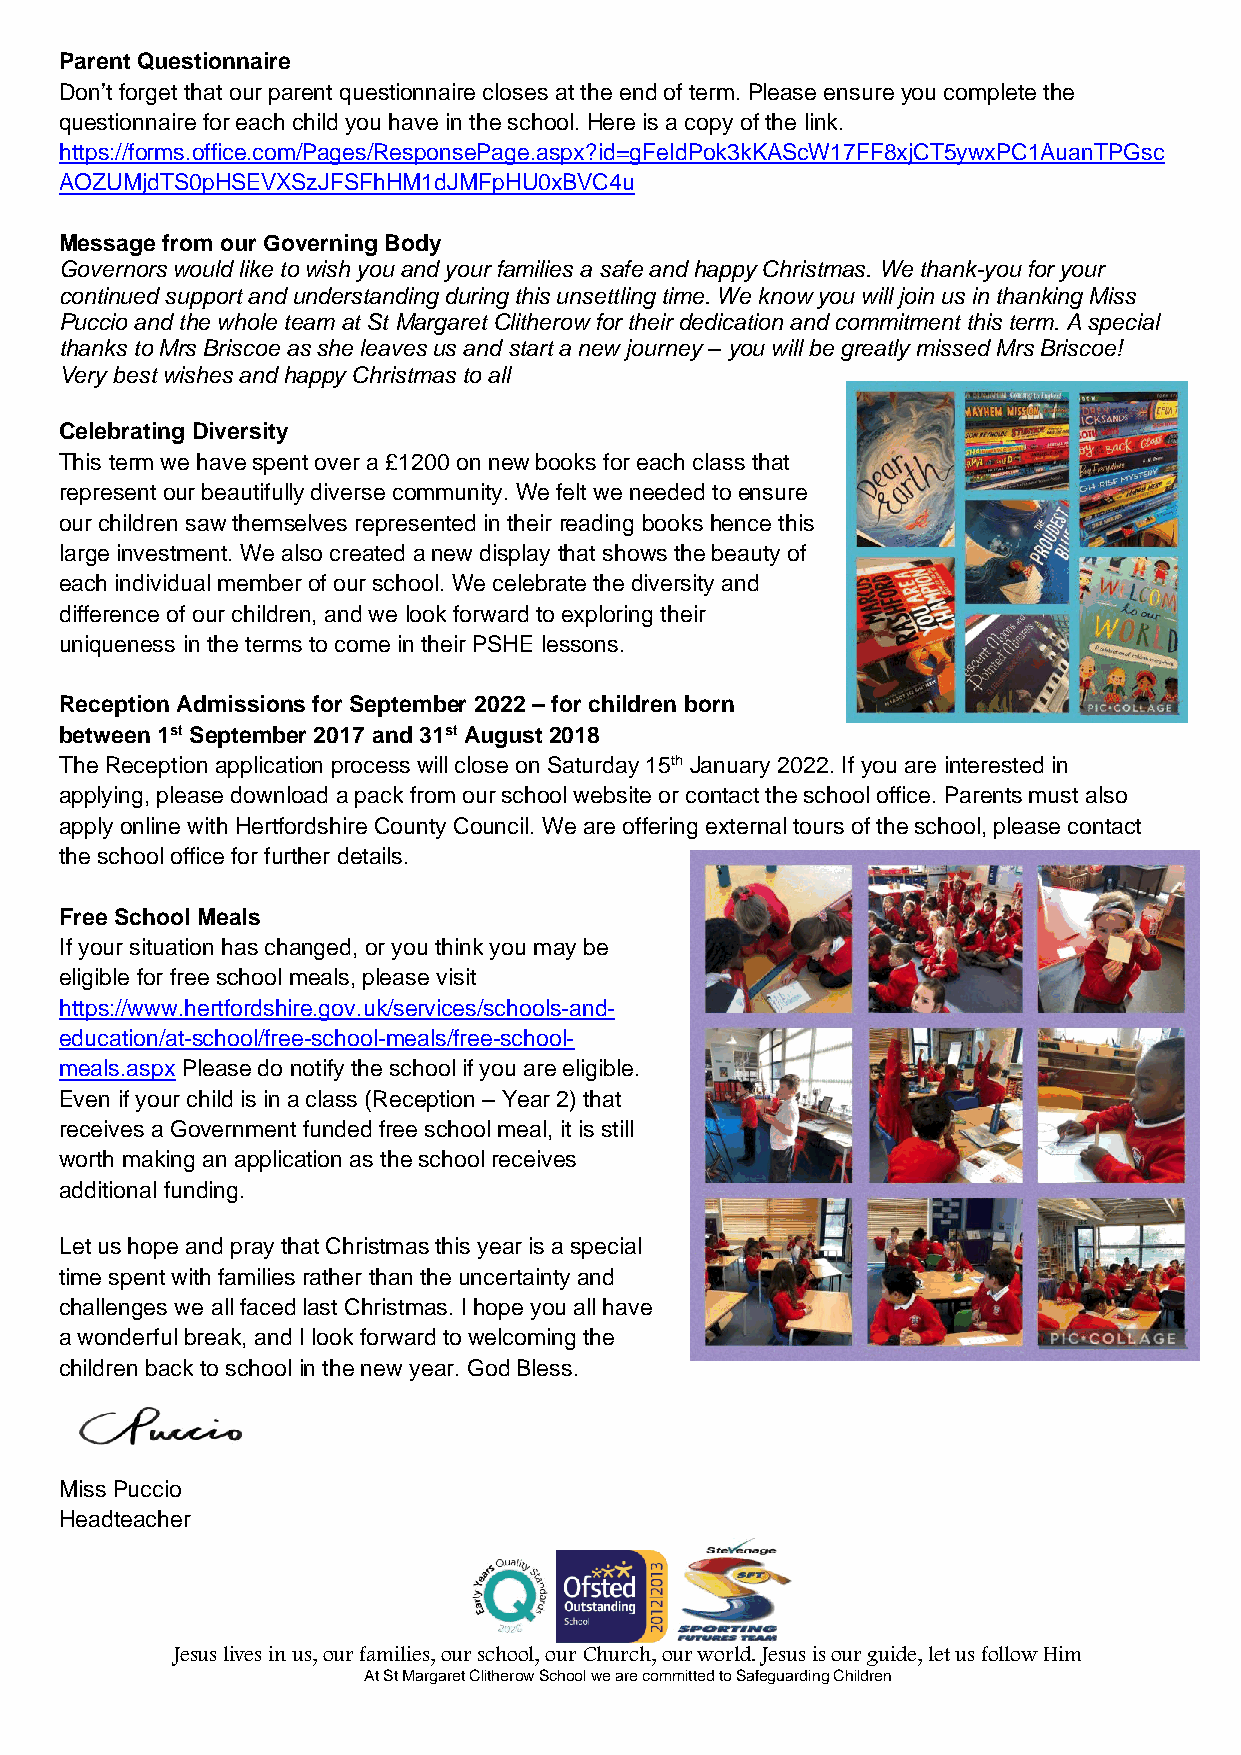
Parent Questionnaire
 Don’t forget that our parent questionnaire closes at the end of term. Please ensure you complete the
 questionnaire for each child you have in the school. Here is a copy of the link.
 https://forms.office.com/Pages/ResponsePage.aspx?id=gFeIdPok3kKAScW17FF8xjCT5ywxPC1AuanTPGsc
 AOZUMjdTS0pHSEVXSzJFSFhHM1dJMFpHU0xBVC4u
 Message from our Governing Body
 Governors would like to wish you and your families a safe and happy Christmas. We thank-you for your
 continued support and understanding during this unsettling time. We know you will join us in thanking Miss
 Puccio and the whole team at St Margaret Clitherow for their dedication and commitment this term. A special
 thanks to Mrs Briscoe as she leaves us and start a new journey – you will be greatly missed Mrs Briscoe!
 Very best wishes and happy Christmas to all
 Celebrating Diversity
 This term we have spent over a £1200 on new books for each class that
 represent our beautifully diverse community. We felt we needed to ensure
 our children saw themselves represented in their reading books hence this
 large investment. We also created a new display that shows the beauty of
 each individual member of our school. We celebrate the diversity and
 difference of our children, and we look forward to exploring their
 uniqueness in the terms to come in their PSHE lessons.
 Reception Admissions for September 2022 – for children born
 between 1st September 2017 and 31st August 2018
 The Reception application process will close on Saturday 15th January 2022. If you are interested in
 applying, please download a pack from our school website or contact the school office. Parents must also
 apply online with Hertfordshire County Council. We are offering external tours of the school, please contact
 the school office for further details.
 Free School Meals
 If your situation has changed, or you think you may be
 eligible for free school meals, please visit
 https://www.hertfordshire.gov.uk/services/schools-and-
 education/at-school/free-school-meals/free-school-
 meals.aspx Please do notify the school if you are eligible.
 Even if your child is in a class (Reception – Year 2) that
 receives a Government funded free school meal, it is still
 worth making an application as the school receives
 additional funding.
 Let us hope and pray that Christmas this year is a special
 time spent with families rather than the uncertainty and
 challenges we all faced last Christmas. I hope you all have
 a wonderful break, and I look forward to welcoming the
 children back to school in the new year. God Bless.
 Miss Puccio
 Headteacher
 Jesus lives in us, our families, our school, our Church, our world. Jesus is our guide, let us follow Him
 At St Margaret Clitherow School we are committed to Safeguarding Children